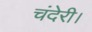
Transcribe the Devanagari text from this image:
चंदेरी।